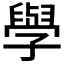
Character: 𫝯